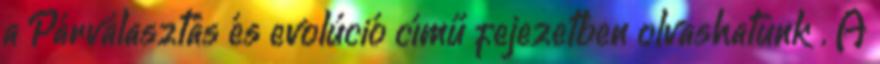
a Párválasztás és evolúció című fejezetben olvashatunk . A